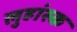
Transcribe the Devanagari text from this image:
लुहांस्क